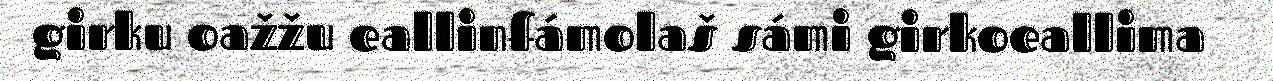
girku oažžu eallinfámolaš sámi girkoeallima